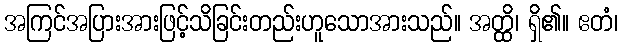
အကြင်အပြားအားဖြင့်သိခြင်းတည်းဟူသောအားသည်။ အတ္ထိ၊ ရှိ၏။ ဧတံ၊